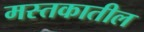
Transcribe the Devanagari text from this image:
मस्तकातील